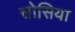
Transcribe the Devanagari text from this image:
सोसिया